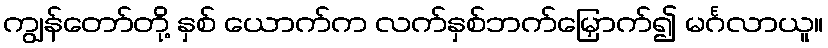
ကျွန်တော်တို့ နှစ် ယောက်က လက်နှစ်ဘက်မြှောက်၍ မင်္ဂလာယူ။